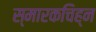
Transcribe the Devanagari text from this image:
स्मारकचिह्न